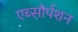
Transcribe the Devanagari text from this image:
एब्सौर्पशन